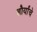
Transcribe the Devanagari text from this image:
शौर्यांचे